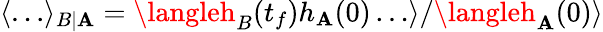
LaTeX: \langle\dots\rangle_{B|\mathbf{A}}=\langleh_{B}(t_{f})h_{\mathbf{A}}(0)\dots\rangle/\langleh_{\mathbf{A}}(0)\rangle